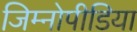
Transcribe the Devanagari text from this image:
जिम्नोपीडिया